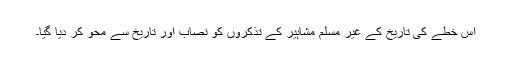
اس خطے کی تاریخ کے غیر مسلم مشاہیر کے تذکروں کو نصاب اور تاریخ سے محو کر دیا گیا۔